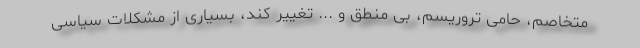
متخاصم، حامی تروریسم، بی منطق و ... تغییر کند، بسیاری از مشکلات سیاسی